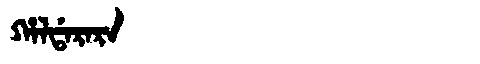
Manchu: ᡥᠠᠯᡩᠠᡵᠠᡵᠠ
Romanization: HALDARARA